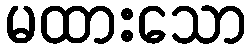
မထားသော